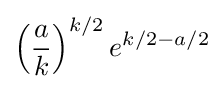
\left({\frac {a}{k}}\right)^{k/2}e^{k/2-a/2}